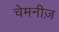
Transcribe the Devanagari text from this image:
चेमनीज़